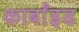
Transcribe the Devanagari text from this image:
कार्बांइड